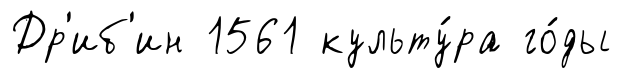
Др'иб'ин 1561 культу́ра го́ды